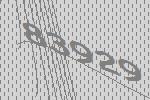
83929